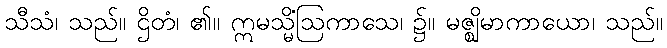
သီသံ၊ သည်။ ဌိတံ၊ ၏။ ဣမသ္မိံဩကာသေ၊ ၌။ မဇ္ဈိမာကာယော၊ သည်။